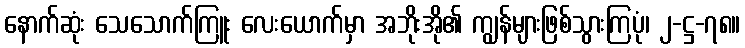
နောက်ဆုံး သေသောက်ကြူး လေးယောက်မှာ အဘိုးအို၏ ကျွန်များဖြစ်သွားကြပုံ၊ ၂-ဋ္ဌ-၇၈။